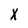
Character: X